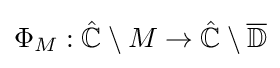
\Phi _{M}:\mathbb {\hat {C}} \setminus M\to \mathbb {\hat {C}} \setminus {\overline {\mathbb {D} }}